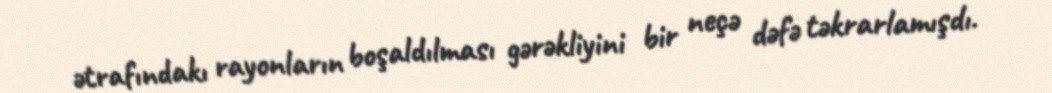
ətrafındakı rayonların boşaldılması gərəkliyini bir neçə dəfə təkrarlamışdı.